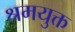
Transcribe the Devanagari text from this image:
श्रमयुक्त